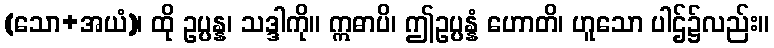
(သော+အယံ)၊ ထို ဥပ္ပန္န၊ သဒ္ဒါကို။ ဣဓာပိ၊ ဤဥပ္ပန္နံ ဟောတိ၊ ဟူသော ပါဌ်၌လည်း။